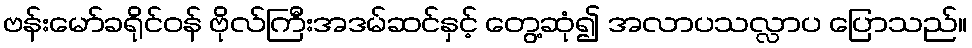
ဗန်းမော်ခရိုင်ဝန် ဗိုလ်ကြီးအဒမ်ဆင်နှင့် တွေ့ဆုံ၍ အလာပသလ္လာပ ပြောသည်။